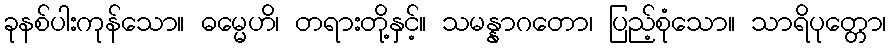
ခုနစ်ပါးကုန်သော။ ဓမ္မေဟိ၊ တရားတို့နှင့်။ သမန္နာဂတော၊ ပြည့်စုံသော။ သာရိပုတ္တော၊